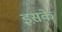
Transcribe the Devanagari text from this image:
इस़के